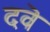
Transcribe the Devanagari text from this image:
दवॆ